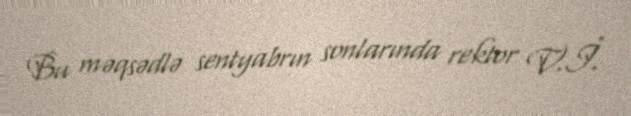
Bu məqsədlə sentyabrın sonlarında rektor V.İ.